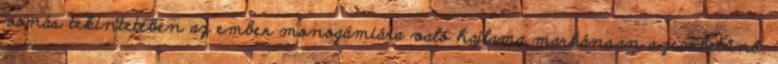
vonás tekintetében az ember monogámiára való hajlama markánsan szembetűnő.